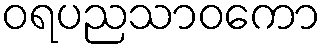
ဝရပညသာဝကော